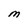
Character: M